Scottish Leaving Certificate Examination, 1951
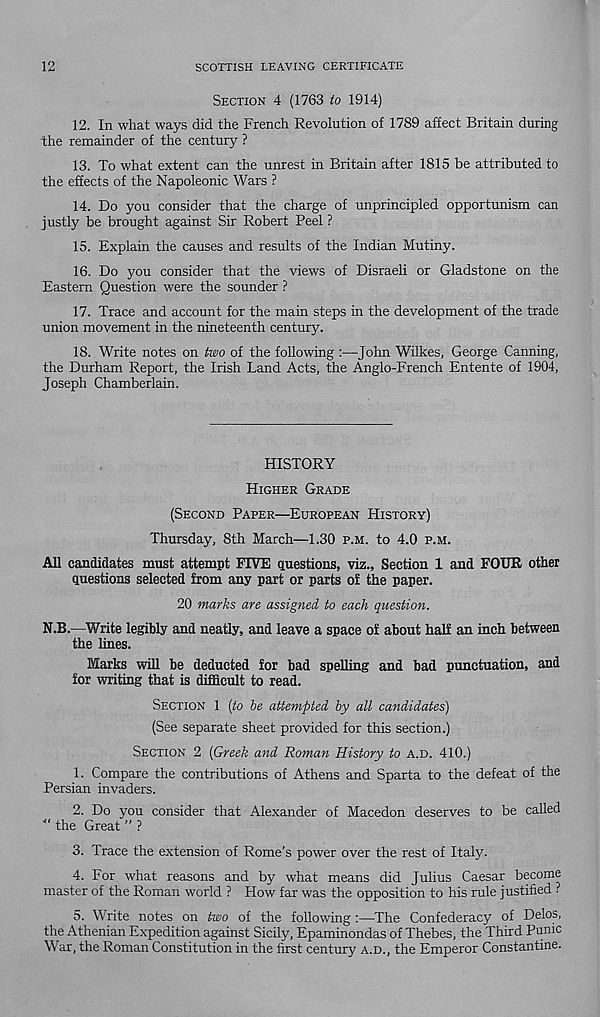
12
SCOTTISH LEAVING CERTIFICATE
SECTION 4 (1763 to 1914)
12. In what ways did the French Revolution of 1789 affect Britain during
the remainder of the century ?
13. To what extent can the unrest in Britain after 1815 be attributed to
the effects of the Napoleonic Wars ?
14. Do you consider that the charge of unprincipled opportunism can
justly be brought against Sir Robert Peel ?
15. Explain the causes and results of the Indian Mutiny.
16. Do you consider that the views of Disraeli or Gladstone on the
Eastern Question were the sounder ?
17. Trace and account for the main steps in the development of the trade
union movement in the nineteenth century.
18. Write notes on two of the following :—John Wilkes, George Canning,
the Durham Report, the Irish Land Acts, the Anglo-French Entente of 1904,
Joseph Chamberlain.
HISTORY
HIGHER GRADE
(SECOND PAPER—EUROPEAN HISTORY)
Thursday, 8th March—1.30 P.M. to 4.0 P.M.
All candidates must attempt FIVE questions, viz., Section 1 and FOUR other
questions selected from any part or parts of the paper.
20 marks are assigned to each question.
N.B.—Write legibly and neatly, and leave a space of about half an inch between
the lines.
Marks will be deducted for bad spelling and bad punctuation, and
for writing that is difficult to read.
SECTION 1 [to he attempted by all candidates)
(See separate sheet provided for this section.)
SECTION 2 [Greek and Roman History to A.D. 410.)
1. Compare the contributions of Athens and Sparta to the defeat of the
Persian invaders.
2. Do you consider that Alexander of Macedon deserves to be called
■ " the Great ” ?
3. Trace the extension of Rome’s power over the rest of Italy.
4. For what reasons and by what means did Julius Caesar become
master of the Roman world ? How far was the opposition to his rule justified ?
5. Write notes on two of the following :—The Confederacy of Delos,
the Athenian Expedition against Sicily, Epaminondas of Thebes, the Third Punic
War, the Roman Constitution in the first century A.D., the Emperor Constantine.